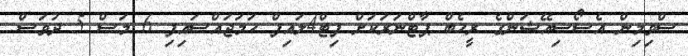
ސްވިމިން އެސޯސިއޭޝަންގެ ރީހެބް ޕާޓްނަރަކަށް ފިޓް4ލައިފް ހަމަޖައްސައިފި 6 މަސް 5 ދުވަސް